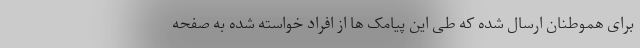
برای هموطنان ارسال شده که طی این پیامک ها از افراد خواسته شده به صفحه